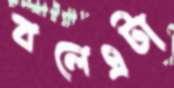
বলেএটা